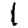
Digit: 1